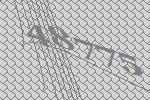
48775